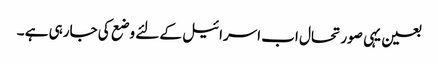
بعین یہی صورتحال اب اسرائیل کے لئے وضع کی جارہی ہے ۔